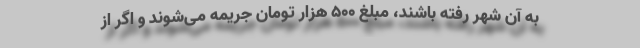
به آن شهر رفته باشند، مبلغ ۵۰۰ هزار تومان جریمه می‌شوند و اگر از